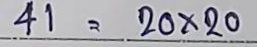
41 = 20 x 20